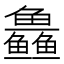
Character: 𱈜